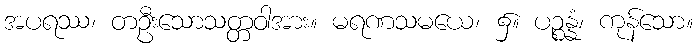
အပရဿ၊ တဦးသောသတ္တဝါအား။ မရဏသမယေ၊ ၌။ ပဉ္စန္နံ၊ ကုန်သော။